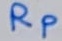
Text: RP